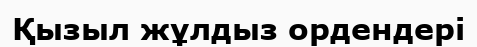
Қызыл жұлдыз ордендері